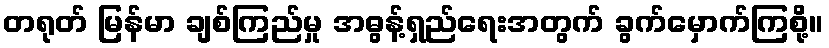
တရုတ် မြန်မာ ချစ်ကြည်မှု အဓွန့်ရှည်ရေးအတွက် ခွက်မှောက်ကြစို့။